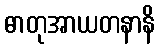
ဓာတုအာယတနာနိ